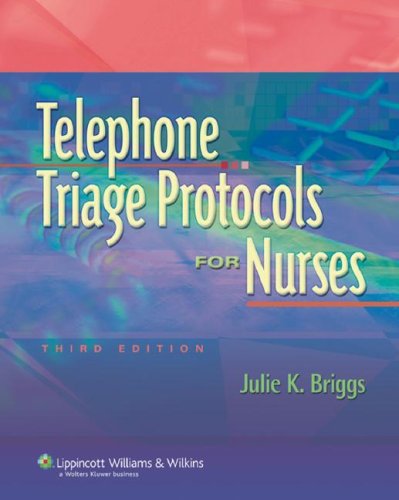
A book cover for Telephone Triage Protocols for Nurses, 3rd Edition; Julie K. Briggs; Medical Books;